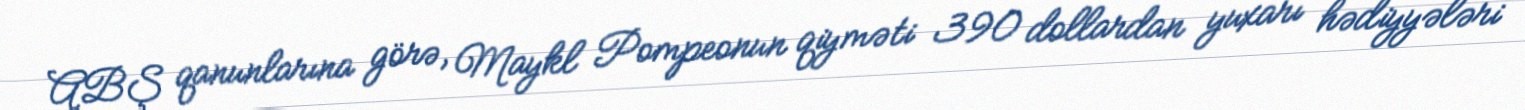
ABŞ qanunlarına görə, Maykl Pompeonun qiyməti 390 dollardan yuxarı hədiyyələri